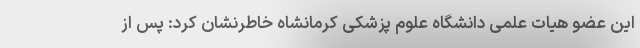
این عضو هیات علمی دانشگاه علوم پزشکی کرمانشاه خاطرنشان کرد: پس از